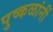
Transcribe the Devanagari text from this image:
पुष्कळांनीं